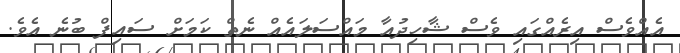
އެއްވެސް އިރެއްގައި ވެސް ޝާހިދުއާ މައްސަލައެއް ނެތް ކަމަށް ސައިފް ބުނެ އެވެ.